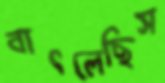
বাৎলেছিস